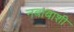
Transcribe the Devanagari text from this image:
नबाबाशी